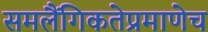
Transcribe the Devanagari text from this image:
समलैंगिकतेप्रमाणेच